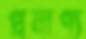
প্রমাণ্য